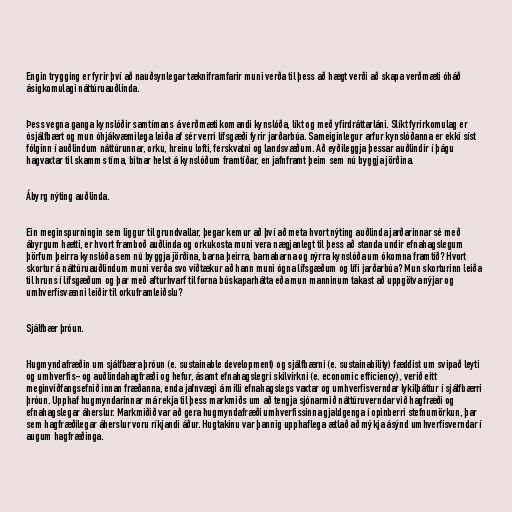
Engin trygging er fyrir því að nauðsynlegar tækniframfarir muni verða til þess að hægt verði að skapa verðmæti óháð
ásigkomulagi náttúruauðlinda.

Þess vegna ganga kynslóðir samtímans á verðmæti komandi kynslóða, líkt og með yfirdráttarláni. Slíkt fyrirkomulag er
ósjálfbært og mun óhjákvæmilega leiða af sér verri lífsgæði fyrir jarðarbúa. Sameiginlegur arfur kynslóðanna er ekki síst
fólginn í auðlindum náttúrunnar, orku, hreinu lofti, ferskvatni og landsvæðum. Að eyðileggja þessar auðlindir í þágu
hagvaxtar til skamms tíma, bitnar helst á kynslóðum framtíðar, en jafnframt þeim sem nú byggja jörðina.

Ábyrg nýting auðlinda.

Ein meginspurningin sem liggur til grundvallar, þegar kemur að því að meta hvort nýting auðlinda jarðarinnar sé með
ábyrgum hætti, er hvort framboð auðlinda og orkukosta muni vera nægjanlegt til þess að standa undir efnahagslegum
þörfum þeirra kynslóða sem nú byggja jörðina, barna þeirra, barnabarna og nýrra kynslóða um ókomna framtíð? Hvort
skortur á náttúruauðlindum muni verða svo víðtækur að hann muni ógna lífsgæðum og lífi jarðarbúa? Mun skorturinn leiða
til hruns í lífsgæðum og þar með afturhvarf til forna búskaparhátta eða mun manninum takast að uppgötva nýjar og
umhverfisvænni leiðir til orkuframleiðslu?

Sjálfbær þróun.

Hugmyndafræðin um sjálfbæra þróun (e. sustainable development) og sjálfbærni (e. sustainability) fæddist um svipað leyti
og umhverfis- og auðlindahagfræði og hefur, ásamt efnahagslegri skilvirkni (e. economic efficiency), verið eitt
meginviðfangsefnið innan fræðanna, enda jafnvægi á milli efnahagslegs vaxtar og umhverfisverndar lykilþáttur í sjálfbærri
þróun. Upphaf hugmyndarinnar má rekja til þess markmiðs um að tengja sjónarmið náttúruverndar við hagfræði og
efnahagslegar áherslur. Markmiðið var að gera hugmyndafræði umhverfissinna gjaldgenga í opinberri stefnumörkun, þar
sem hagfræðilegar áherslur voru ríkjandi áður. Hugtakinu var þannig upphaflega ætlað að mýkja ásýnd umhverfisverndar í
augum hagfræðinga.